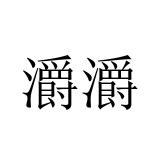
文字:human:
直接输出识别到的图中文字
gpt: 灂灂